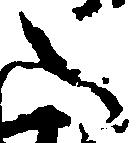
之